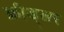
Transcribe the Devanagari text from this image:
क्रीड्लर